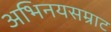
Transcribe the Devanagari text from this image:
अभिनयसम्राट